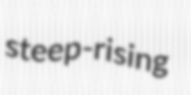
steep-rising